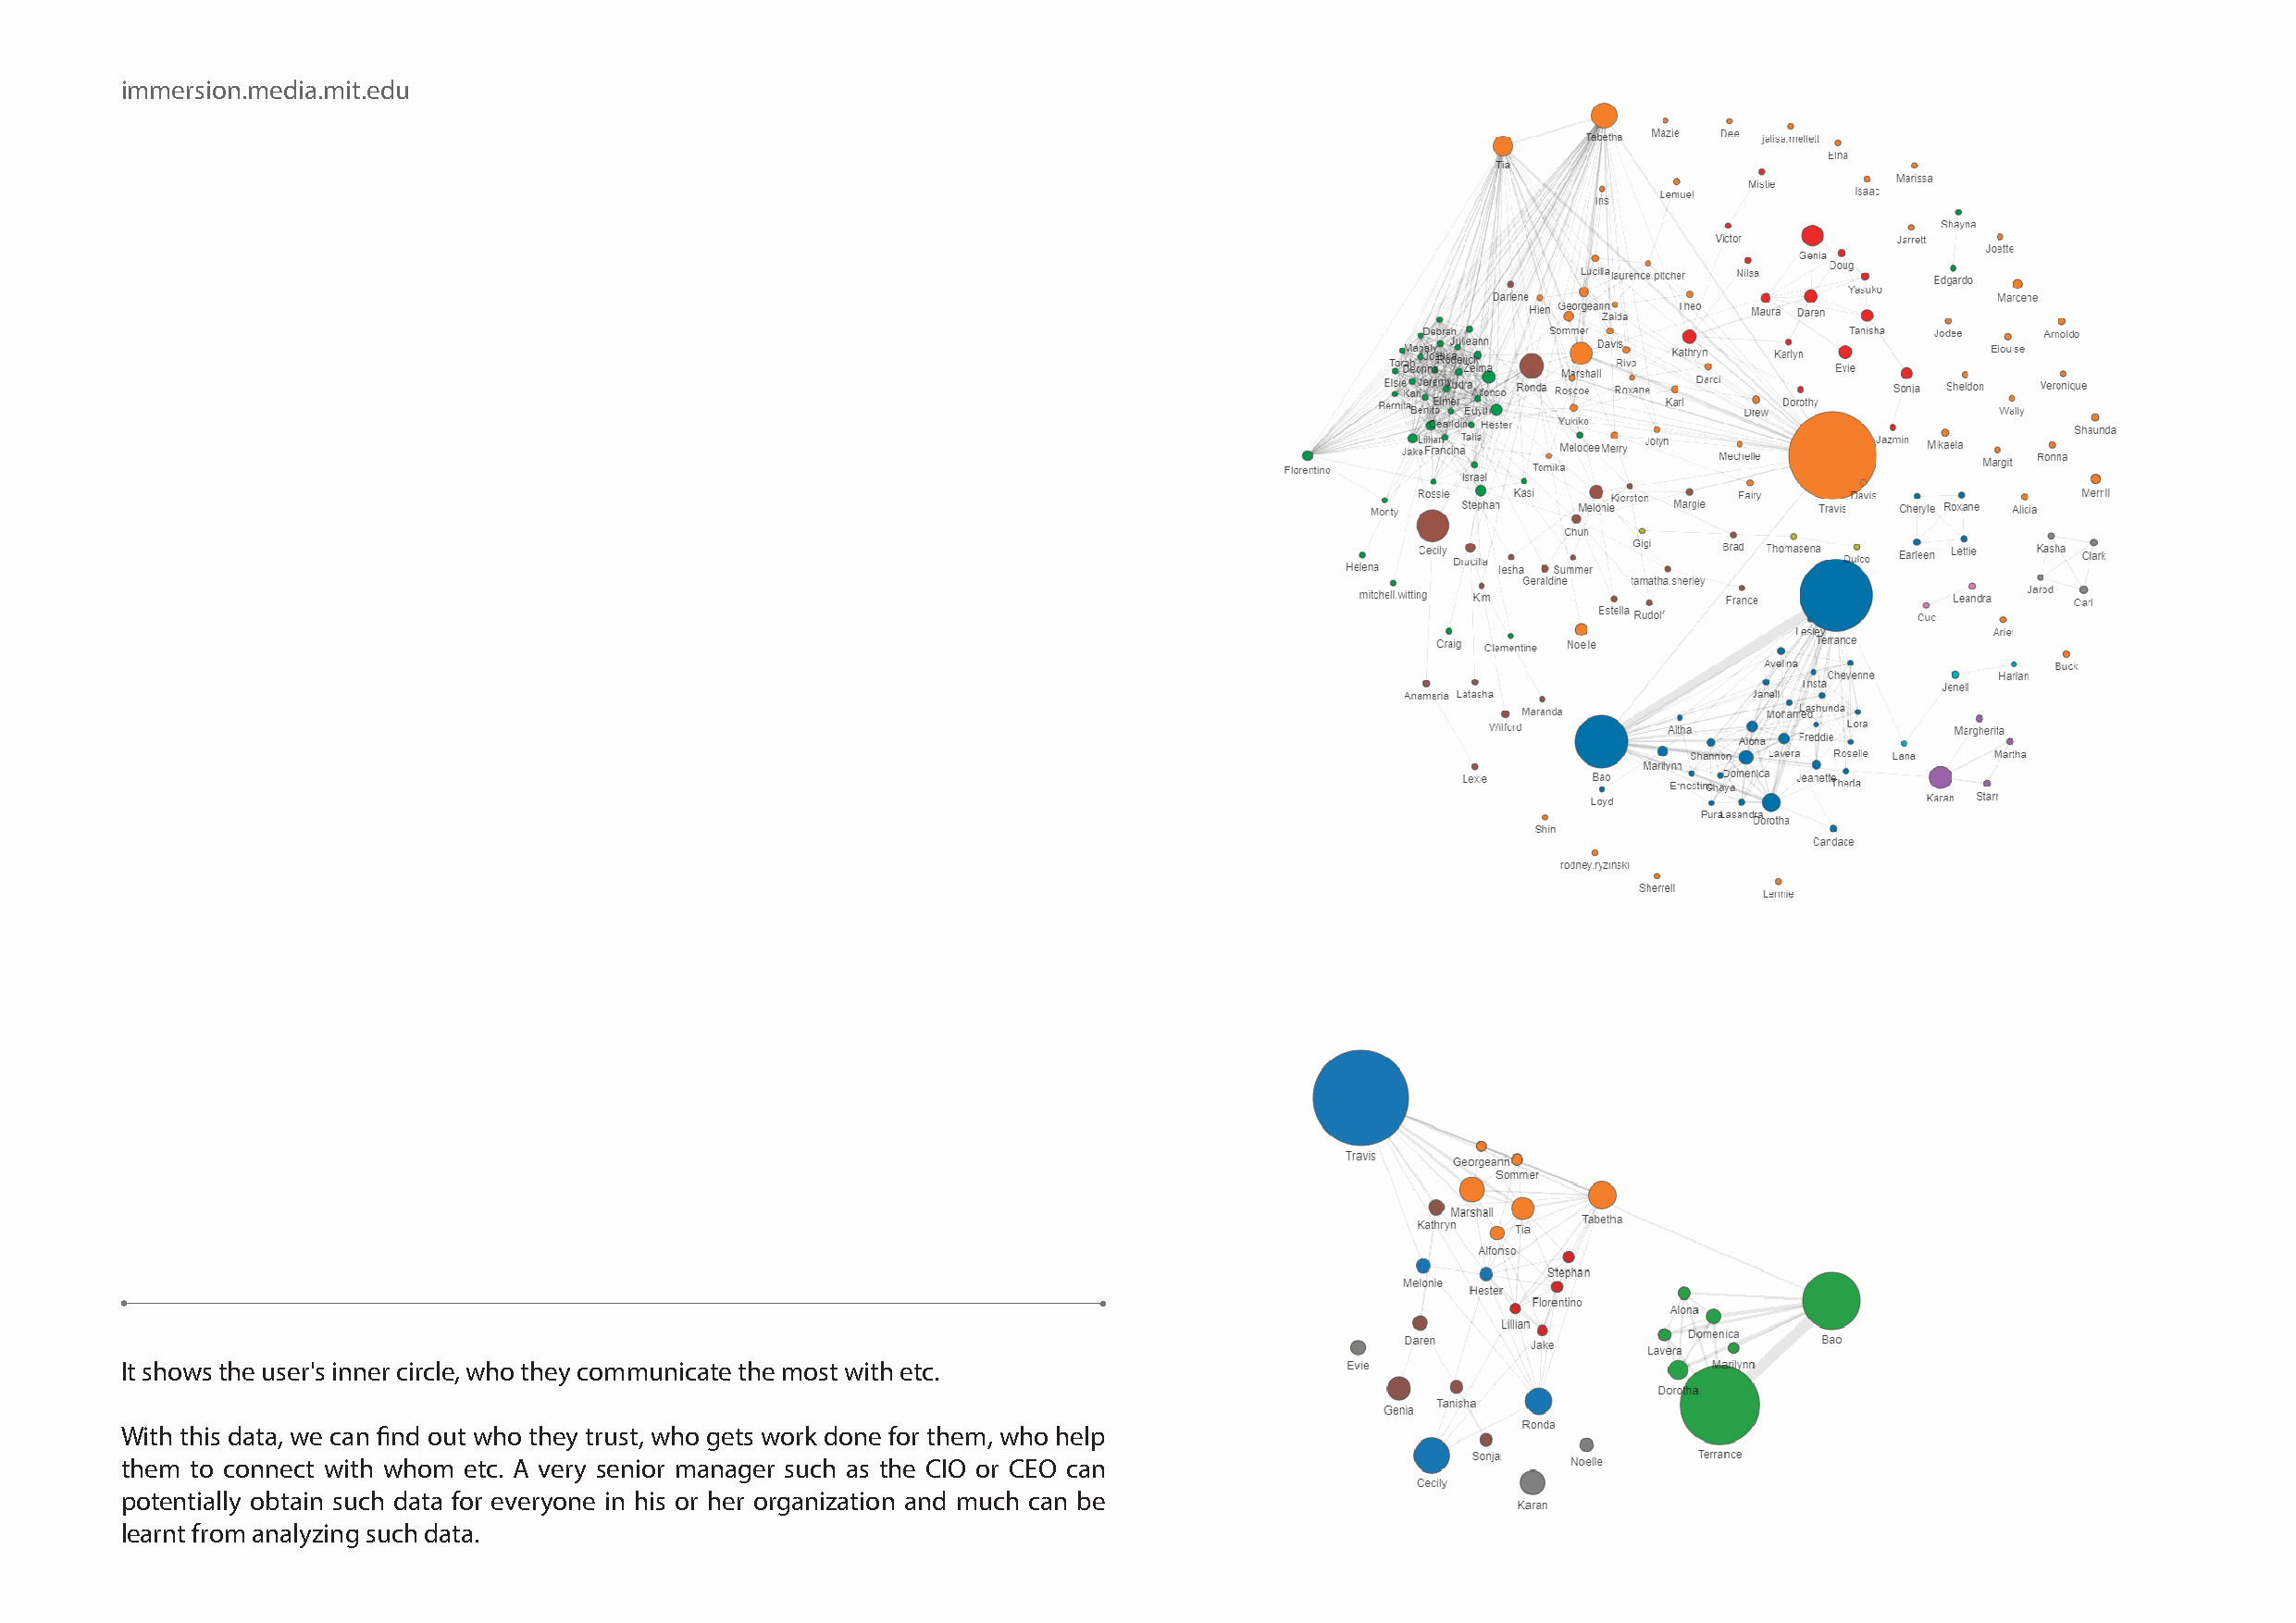
immersion.media.mit.edu
 It shows the user's inner circle, who they communicate the most with etc.
 With this data, we can find out who they trust, who gets work done for them, who help
 them to connect with whom etc. A very senior manager such as the CIO or CEO can
 potentially obtain such data for everyone in his or her organization and much can be
 learnt from analyzing such data.